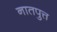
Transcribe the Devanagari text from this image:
नातपुत्त